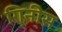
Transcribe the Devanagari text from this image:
गिनीस